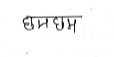
मजकूर: छमछम